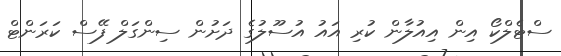
ސްޓެލްކޯ އިން އިއުލާން ކުރި އައު އުސޫލުގެ ދަށުން ސިންގަލް ފޭސް ކަރަންޓް